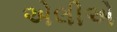
એલીએ